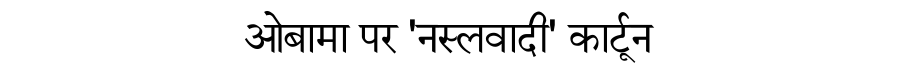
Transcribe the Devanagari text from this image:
ओबामा पर 'नस्लवादी' कार्टून